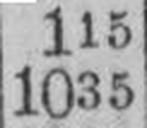
1035